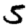
Digit: 5